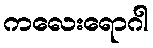
ကလေးရောဂါ